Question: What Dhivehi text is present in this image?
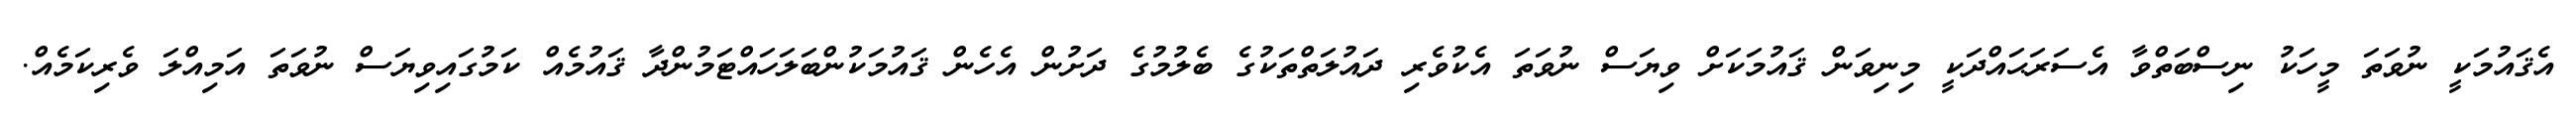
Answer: އެޤައުމަކީ ނުވަތަ މީހަކު ނިސްބަތްވާ އެސަރަޙައްދަކީ މިނިވަން ޤައުމަކަށް ވިޔަސް ނުވަތަ އެކުވެރި ދައުލަތްތަކުގެ ބެލުމުގެ ދަށުން އެހެން ޤައުމަކުންބަލަހައްޓަމުންދާ ޤައުމެއް ކަމުގައިވިޔަސް ނުވަތަ އަމިއްލަ ވެރިކަމެއް.